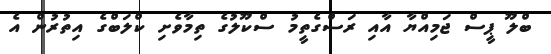
ބްލޫ ޕީސް ޖަމިއްޔާ އާއި ރަސްގެތީމު ސްކޫލުގެ ތިމާވެށި ކްލަބްގެ އިތުރުން އެ